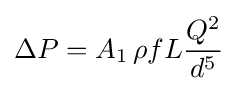
\Delta P=A_{1}\,\rho fL{\frac {Q^{2}}{d^{5}}}